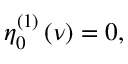
\eta _ { 0 } ^ { \left( 1 \right) } \left( \nu \right) = 0 ,